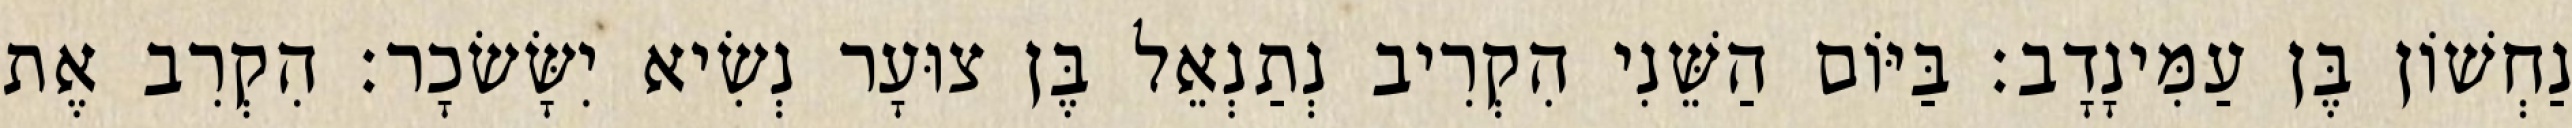
נַחְשׁוֹן בֶּן עַמִּינָדָב׃ בַּיּוֹם הַשֵּׁנִי הִקְרִיב נְתַנְאֵל בֶּן צוּעָר נְשִׂיא יִשָּׂשׂכָר׃ הִקְרִב אֶת